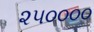
૨૫૦૦૦૦